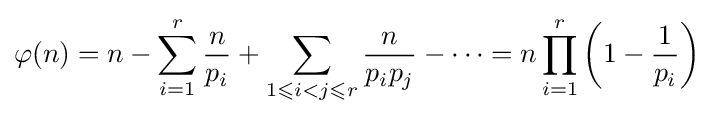
\varphi (n)=n-\sum _{i=1}^{r}{\frac {n}{p_{i}}}+\sum _{1\leqslant i<j\leqslant r}{\frac {n}{p_{i}p_{j}}}-\cdots =n\prod _{i=1}^{r}\left(1-{\frac {1}{p_{i}}}\right)